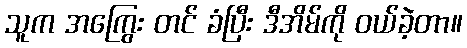
သူက အကြွေး တင် ခံပြီး ဒီအိမ်ကို ဝယ်ခဲ့တာ။